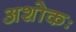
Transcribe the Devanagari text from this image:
अशोकः